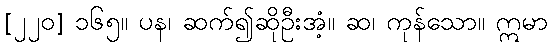
[၂၂၀] ၁၆၅။ ပန၊ ဆက်၍ဆိုဦးအံ့။ ဆ၊ ကုန်သော။ ဣမာ